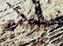
الكثير